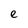
Character: e